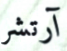
آرتشر